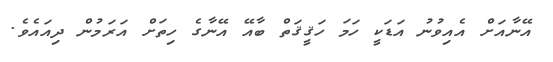
އޭނާއަށް އެއިވުނު އަޑަކީ ހަމަ ހަޤީޤަތް ބާއޭ އޭނާގެ ހިތަށް އަރަމުން ދިއައެވެ.